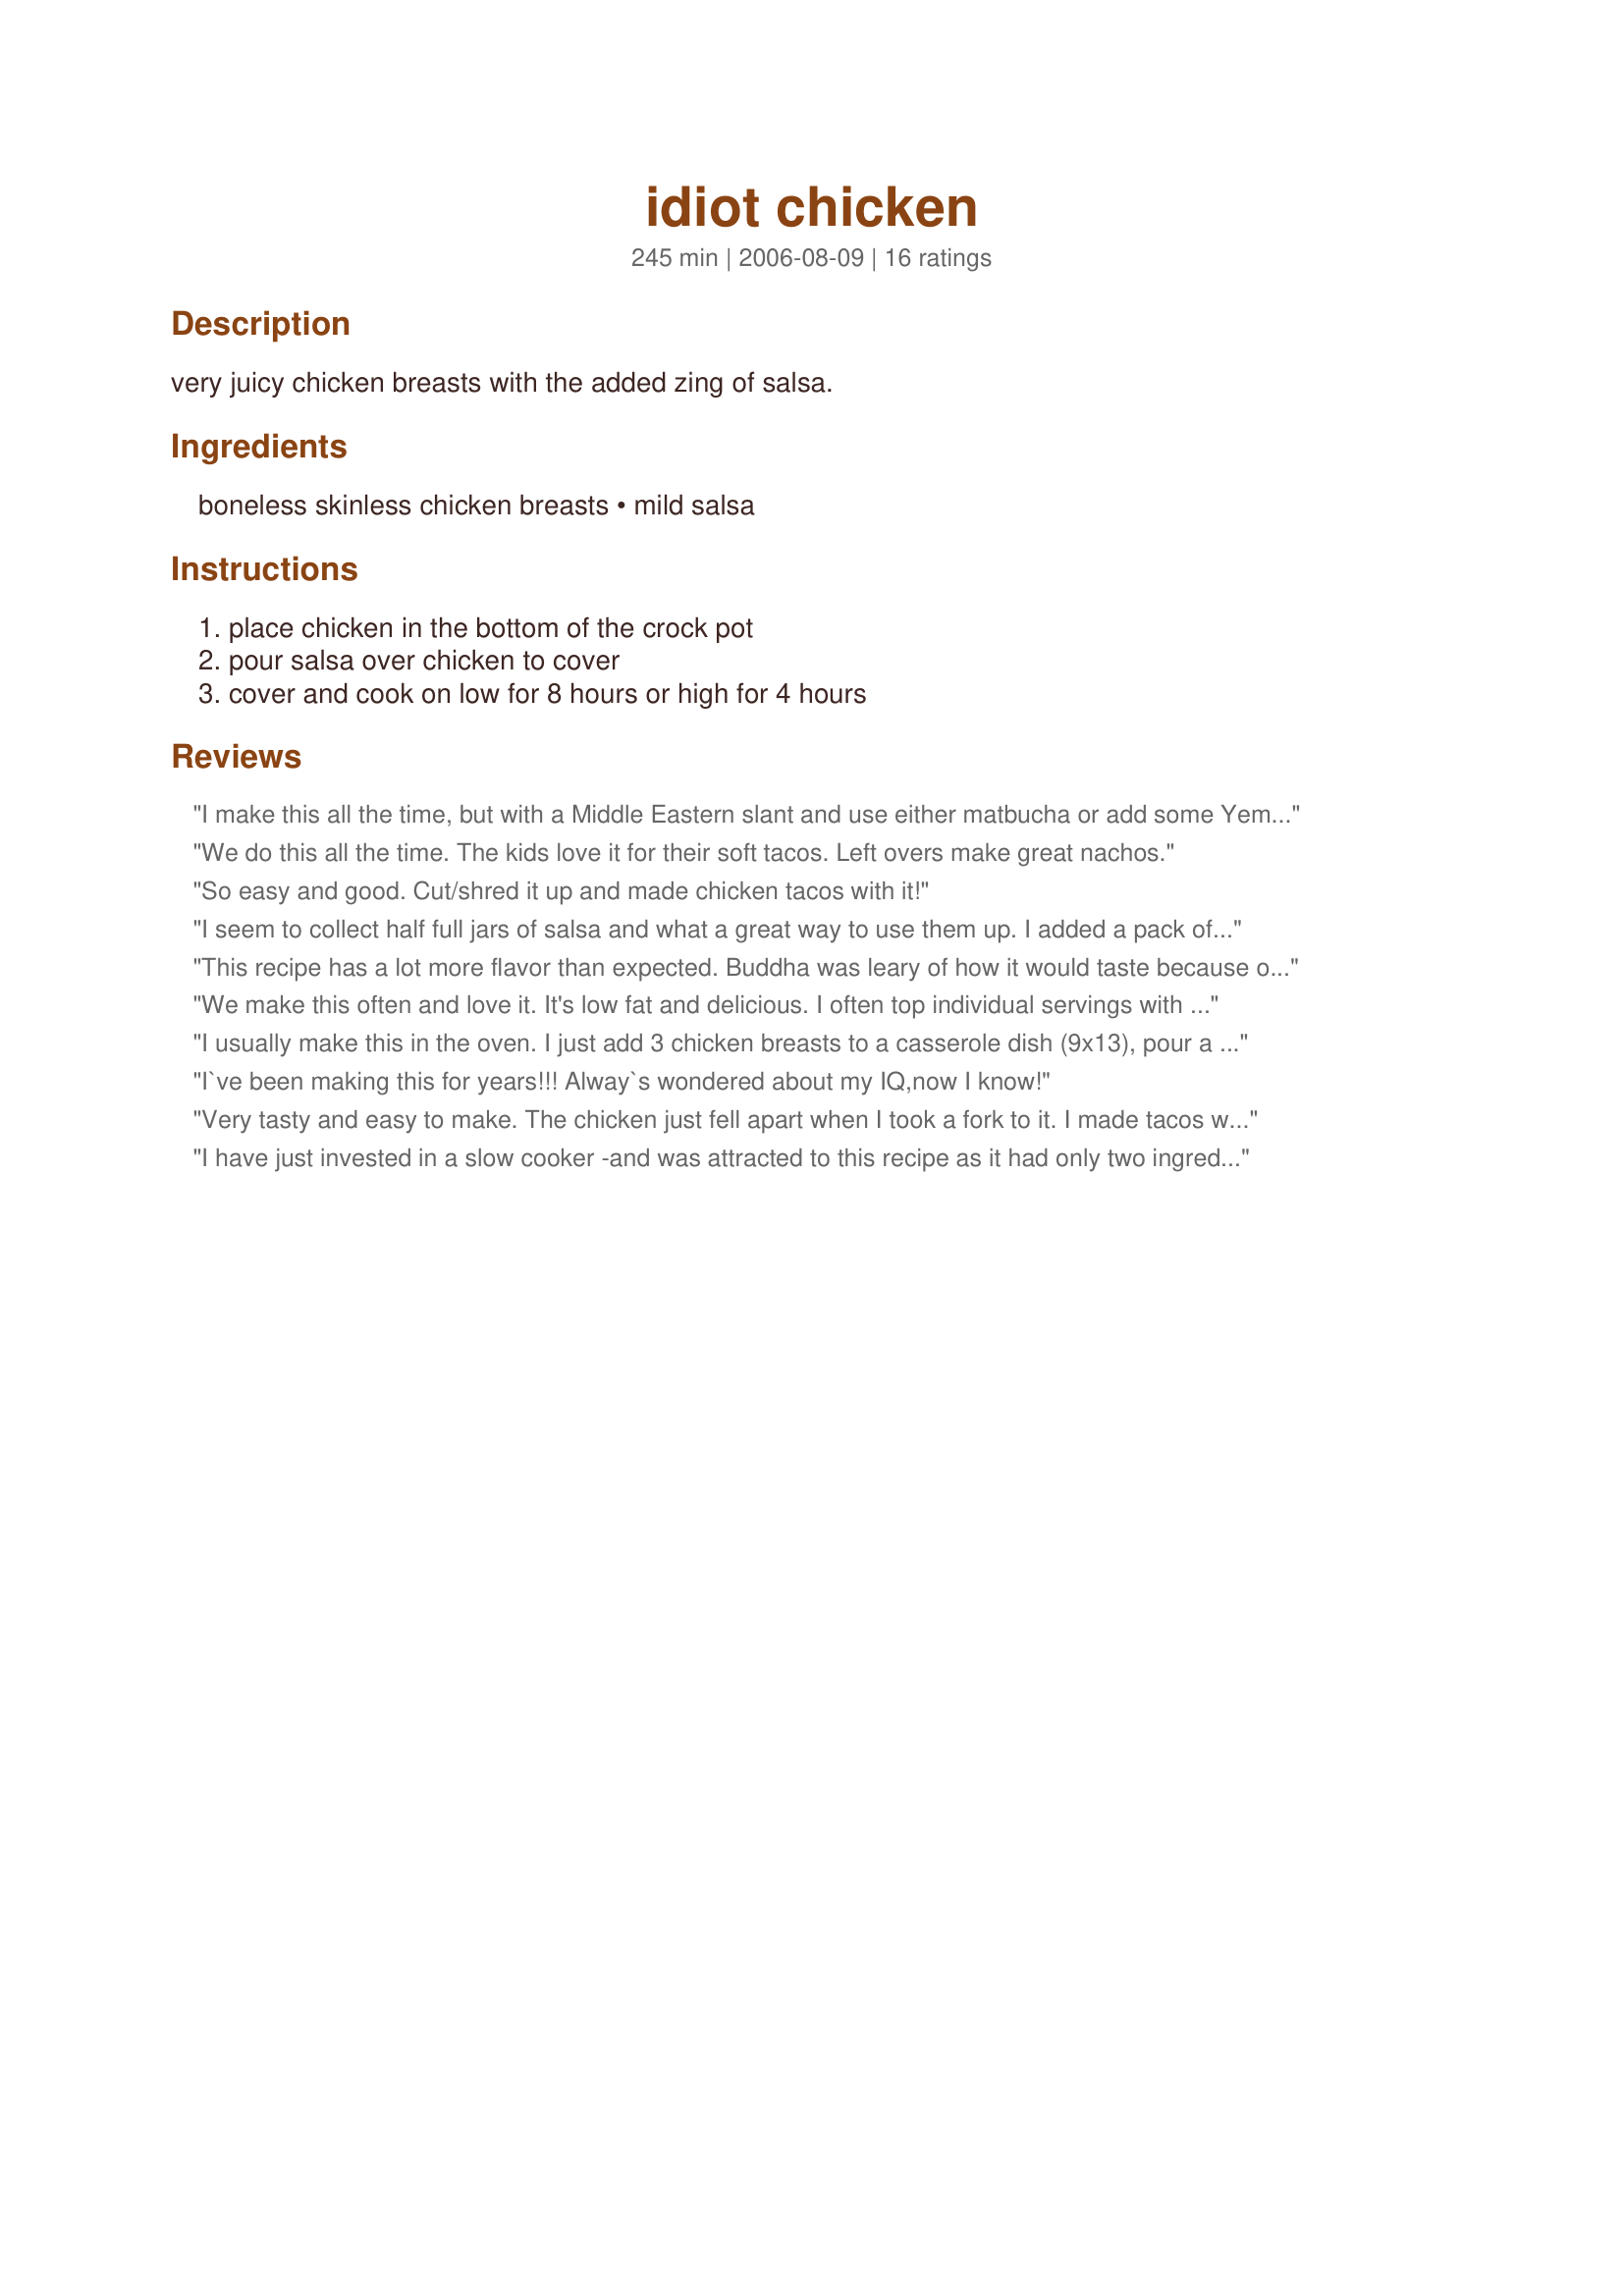
idiot chicken
Preparation time: 245 minutes

very juicy chicken breasts with the added zing of salsa.

Ingredients:
boneless skinless chicken breasts, mild salsa

Steps:
place chicken in the bottom of the crock pot, pour salsa over chicken to cover, cover and cook on low for 8 hours or high for 4 hours

Reviews:
I make this all the time, but with a Middle Eastern slant and use either matbucha or add some Yemenite zchug to tomato sauce. It really is easy and delicious!
We do this all the time. The kids love it for their soft tacos. Left overs make great nachos.
So easy and good. Cut/shred it up and made chicken tacos with it!
I seem to collect half full jars of salsa and what a great way to use them up. I added a pack of taco seasonin (as suggested) and this was real yummy served over rice.
This recipe has a lot more flavor than expected. Buddha was leary of how it would taste because of just 2 ingredients but found it surprisingly flavorful. (I cooked a small portion of cubed chicken and used Pace Picante Salsa in my mini slow cooker and it overcooked, but we did not count that into the rating as it was chef's error). Now that we've sampled it, we look forward to making a full batch next time. Thanks for sharing the recipe. :)
We make this often and love it. It's low fat and delicious. I often top individual servings with a sprinkling of Mozzarella cheese, and serve over rice.
I usually make this in the oven. I just add 3 chicken breasts to a casserole dish (9x13), pour a jar of salsa over it, cover and bake at 350 for an hour. Comes out perfect. I also like to add shredded cheese on top and bake (uncovered) a few more minutes until melted. Serve over rice with a veggie or salad.
I`ve been making this for years!!! Alway`s wondered about my IQ,now I know!
Very tasty and easy to make. The chicken just fell apart when I took a fork to it. I made tacos with it and they were delicious! I will be making this again soon!
I have just invested in a slow cooker -and was attracted to this recipe as it had only two ingredients and had the word 'idiot' in the title...I felt confident that I couldn't mess it up.
I cooked two chicken breasts on high for just under 4 hours.
Like Annacia, I think the salsa was more of a topping than a sauce as such, but we still enjoyed nonetheless.
A good healthy and low fat meal.
Thanks Sam.
This is tasty and super easy. I found the salsa to be a really nice sauce/topping as I can't say that it really infused into the chicken. I also need to say that I cooked it on low fro 4 hrs and the chicken was still a little frozen and it was completely done in that time (I used skinless boneless chicken and the one breast was so large that it was plenty for me and DH). I served it with brown rice, sliced avocado and tomato. This is really healthy too as well as good tasting.
THis has to be my favorite thing to make,its so simple and easy i add rice to it while its still cooking and alittle tomato juice or canned tomatoes with juice(or both if it gets a little dry) but you cant go wrong with chicken and salsa(that is if you like both of them)
I make this a lot -- though I have a couple additions to it. After cooking in the crockpot, I take it out and shred it, then put back in the crockpot and add a can of corn, and a can of black beans, and let cook for an additional hour and serve in tortillas with guacamole and sour cream -- best chicken tacos ever!
Yummy and couldn't be easier! The chicken was nice and juicy. I like the idea of using for taco meat as other reviewers said...I will definitely try that. We ate it the way it was with a little bit of shredded cheese on top. Thanks so much for this versatile and tasty recipe!
So easy to make. I followed the recipe as written other then mine only needed to cook for three hours on low. I topped this with some mexican blend cheese. Next time I will cut up the chicken into bit size pieces so the salsa draws through the chicken more.
Very good recipe, place some frozen chicken breast in the crockpot added some taco seasoning and the salsa. Cooked on high,took out the chicken and shredded it placed it back in the juices for about a half hour. Served as chicken soft tacos. Thanks for the easy and delicious recipe.
